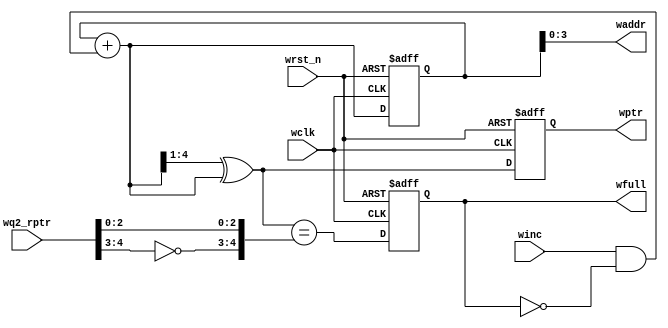
module wptr_full #(parameter ADDRSIZE = 4)
 (output reg wfull,
 output [ADDRSIZE-1:0] waddr,
 output reg [ADDRSIZE :0] wptr,
 input [ADDRSIZE :0] wq2_rptr,
 input winc, wclk, wrst_n);
 reg [ADDRSIZE:0] wbin;
 wire [ADDRSIZE:0] wgraynext, wbinnext;
 
 

 always @(posedge wclk or negedge wrst_n)
 if (!wrst_n) 
 begin

       wbin<= 0;
		 wptr <= 0;
		 end
 else begin

 wbin <= wbinnext;
 wptr <= wgraynext;
 end
 
 
 assign waddr = wbin[ADDRSIZE-1:0];
 assign wbinnext = wbin + (winc & ~wfull);
 assign wgraynext = (wbinnext>>1) ^ wbinnext;

 
 
 assign wfull_val = (wgraynext=={~wq2_rptr[ADDRSIZE:ADDRSIZE-1],
 wq2_rptr[ADDRSIZE-2:0]});
 always @(posedge wclk or negedge wrst_n)
 if (!wrst_n) wfull <= 1'b0;
 else wfull <= wfull_val;
endmodule